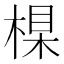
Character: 𣕱